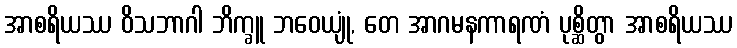
အာစရိယဿ ဝိသဘာဂါ ဘိက္ခူ ဘဝေယျုံ, တေ အာဂမနကာရဏံ ပုစ္ဆိတွာ အာစရိယဿ